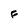
Character: F